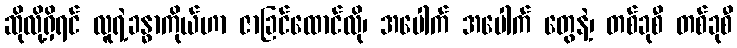
ဆိုလို့ရှိရင် လူရဲ့ခန္ဓာကိုယ်ဟာ ဇာခြင်ထောင်လို၊ အပေါက် အပေါက် တွေနဲ့၊ တစ်ခုစီ တစ်ခုစီ